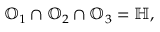
\begin{array} { r } { \mathbb { O } _ { 1 } \cap \mathbb { O } _ { 2 } \cap \mathbb { O } _ { 3 } = \mathbb { H } , } \end{array}